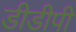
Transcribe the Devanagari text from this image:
डीडीपी